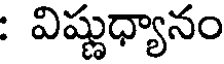
: విష్ణుధ్యానం